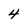
Character: 4